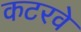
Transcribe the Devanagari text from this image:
कटरवे